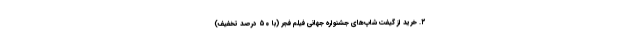
۲. خرید از گیفت شاپ‌های جشنواره جهانی فیلم فجر (با ۵۰ درصد تخفیف)